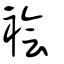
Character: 襘